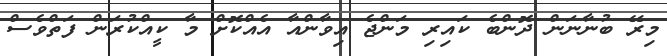
މިރޭ ބުނާނަން ދޮންބެ ކައިރި މަންޖެ އިވާންއާ އެއްކޮށް މާ ކީއްކުރަން ފަތްވެސް